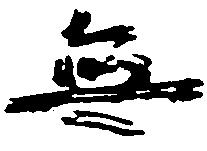
無